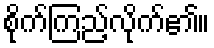
စိုက်ကြည့်လိုက်၏။